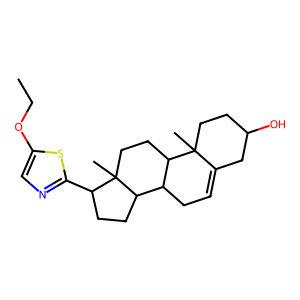
SMILES: CCOc1cnc(C2CCC3C4CC=C5CC(O)CCC5(C)C4CCC23C)s1
Inhibits HIV replication: No